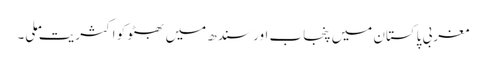
مغربی پاکستان میں پنجاب اور سندھ میں بھٹو کو اکثریت ملی۔